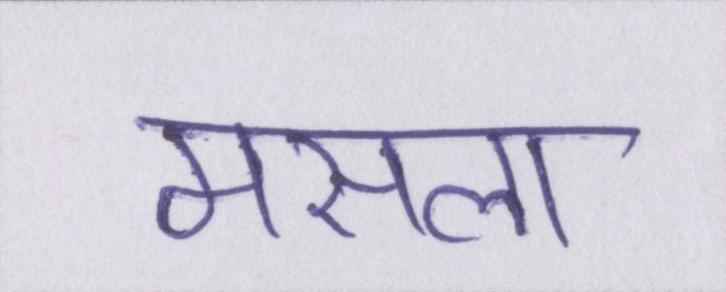
मसला